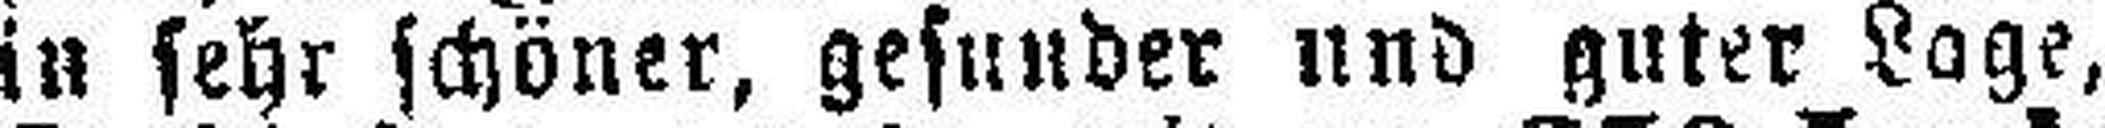
in sehr schöner, gesunder und guter Lage,